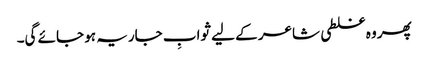
پھر وہ غلطی شاعر کے لیے ثوابِ جاریہ ہو جائے گی۔